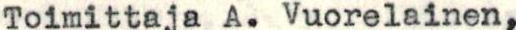
Toimittaja A. Vuorelainen,